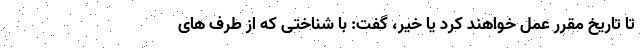
تا تاریخ مقرر عمل خواهند کرد یا خیر، گفت: با شناختی که از طرف های